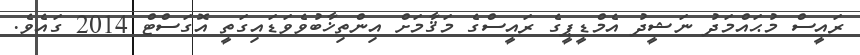
ރައީސް މުޙައްމަދު ނަޝީދު އެމްޑީޕީގެ ރައީސްގެ މަޤާމަށް އިންތިޚާބުވެވަޑައިގަތީ އޮގަސްޓް 2014 ގައެވެ.